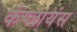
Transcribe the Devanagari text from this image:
कंप्लायंस